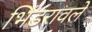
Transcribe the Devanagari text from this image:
भिंडरावले